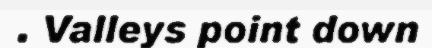
. Valleys point down